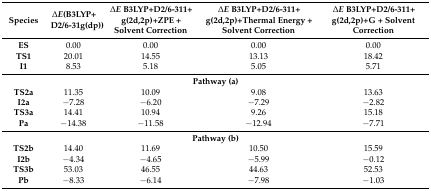
<table><thead><tr><td><b>Species</b></td><td><b>∆<i>E</i>(B3LYP+D2/6-31g(dp))</b></td><td><b>∆<i>E</i> B3LYP+D2/6-311+g(2d,2p)+ZPE + Solvent Correction</b></td><td><b>∆<i>E</i> B3LYP+D2/6-311+g(2d,2p)+Thermal Energy + Solvent Correction</b></td><td><b>∆<i>E</i> B3LYP+D2/6-311+g(2d,2p)+G + Solvent Correction</b></td></tr></thead><tbody><tr><td><b>ES</b></td><td>0.00</td><td>0.00</td><td>0.00</td><td>0.00</td></tr><tr><td><b>TS1</b></td><td>20.01</td><td>14.55</td><td>13.13</td><td>18.42</td></tr><tr><td><b>I1</b></td><td>8.53</td><td>5.18</td><td>5.05</td><td>5.71</td></tr><tr><td colspan="5"><b>Pathway (a)</b></td></tr><tr><td><b>TS2a</b></td><td>11.35</td><td>10.09</td><td>9.08</td><td>13.63</td></tr><tr><td><b>I2a</b></td><td>−7.28</td><td>−6.20</td><td>−7.29</td><td>−2.82</td></tr><tr><td><b>TS3a</b></td><td>14.41</td><td>10.94</td><td>9.26</td><td>15.18</td></tr><tr><td><b>Pa</b></td><td>−14.38</td><td>−11.58</td><td>−12.94</td><td>−7.71</td></tr><tr><td colspan="5"><b>Pathway (b)</b></td></tr><tr><td><b>TS2b</b></td><td>14.40</td><td>11.69</td><td>10.50</td><td>15.59</td></tr><tr><td><b>I2b</b></td><td>−4.34</td><td>−4.65</td><td>−5.99</td><td>−0.12</td></tr><tr><td><b>TS3b</b></td><td>53.03</td><td>46.55</td><td>44.63</td><td>52.53</td></tr><tr><td><b>Pb</b></td><td>−8.33</td><td>−6.14</td><td>−7.98</td><td>−1.03</td></tr></tbody></table>